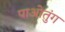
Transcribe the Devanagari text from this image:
पाओतुंग